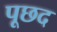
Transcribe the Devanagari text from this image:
पूछद